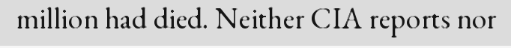
million had died. Neither CIA reports nor